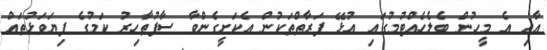
އާއި އެ މީހުން ބެލެހެއްޓުމުގައި އުޅޭ ފަރާތްތަކުން އެކަށީގެންވާ ސާފުތާހިރު ކަމުގެ ފިޔަވަޅުތައް